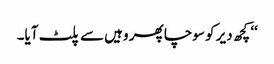
‘‘ کچھ دیر کو سوچا پھر وہیں سے پلٹ آیا۔